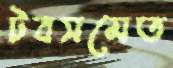
টবসমেত